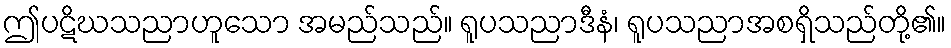
ဤပဋိဃသညာဟူသော အမည်သည်။ ရူပသညာဒီနံ၊ ရူပသညာအစရှိသည်တို့၏။